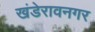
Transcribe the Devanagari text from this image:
खंडेरावनगर